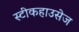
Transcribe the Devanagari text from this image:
स्टीकहाउसेज